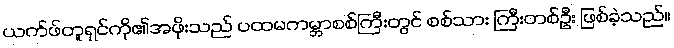
ယက်ဖ်တူရှင်ကို၏အဖိုးသည် ပထမကမ္ဘာစစ်ကြီးတွင် စစ်သား ကြီးတစ်ဦး ဖြစ်ခဲ့သည်။